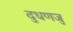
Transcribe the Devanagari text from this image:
दुधणजु